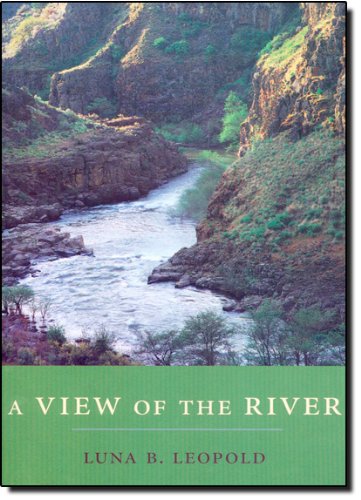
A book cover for A View of the River; Luna B. Leopold; Science & Math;